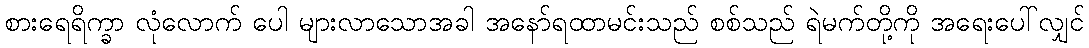
စားရေရိက္ခာ လုံလောက် ပေါ များလာသောအခါ အနော်ရထာမင်းသည် စစ်သည် ရဲမက်တို့ကို အရေးပေါ်လျှင်